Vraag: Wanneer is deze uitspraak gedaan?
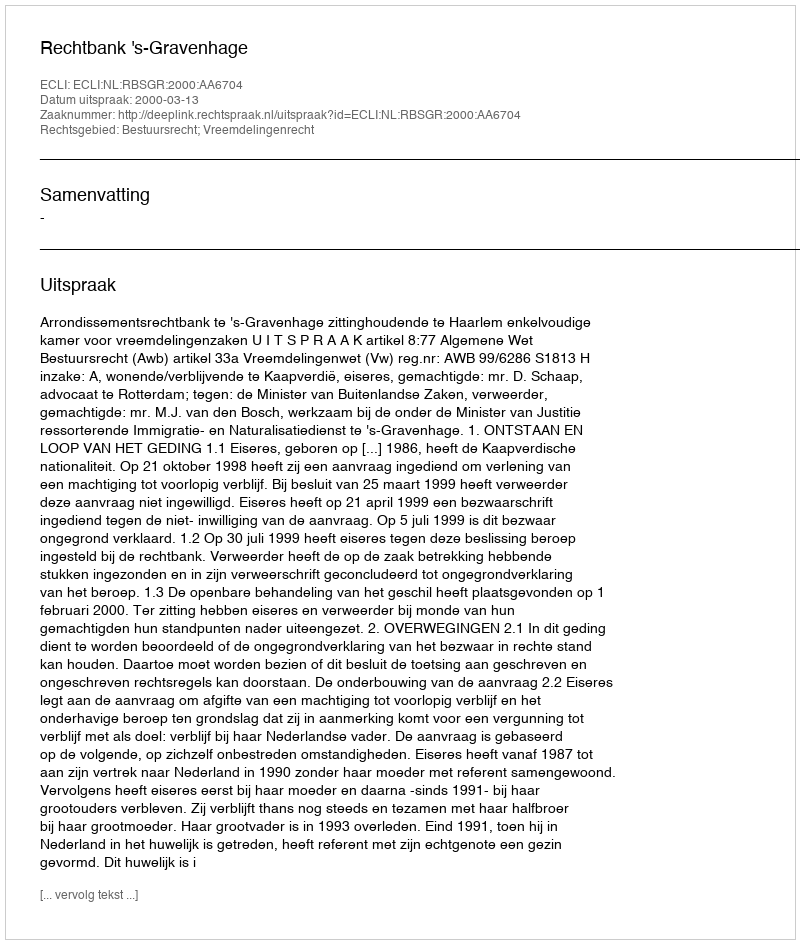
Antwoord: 2000-03-13